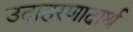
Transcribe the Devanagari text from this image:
उदाहरणादार्थ